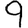
Digit: 9